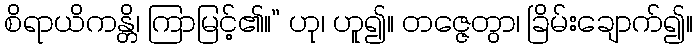
စိရာယိကန္တိ၊ ကြာမြင့်၏။” ဟု၊ ဟူ၍။ တဇ္ဇေတွာ၊ ခြိမ်းချောက်၍။